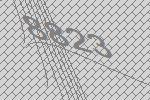
8823